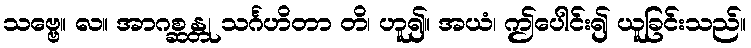
သဗ္ဗေ။ လ။ အာဂစ္ဆန္တု သင်္ဂဟိတာ တိ၊ ဟူ၍။ အယံ၊ ဤပေါင်း၍ ယူခြင်းသည်။